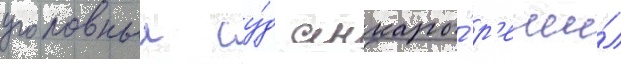
уголовныи су́д анкары́ р'еши́л